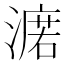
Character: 𣾆